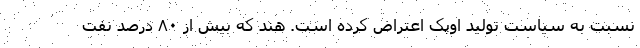
نسبت به سیاست تولید اوپک اعتراض کرده است. هند که بیش از ۸۰ درصد نفت